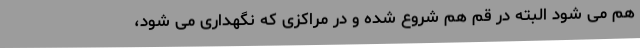
هم می شود البته در قم هم شروع شده و در مراکزی که نگهداری می شود،